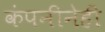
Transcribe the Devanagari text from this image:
कंपनीनेही